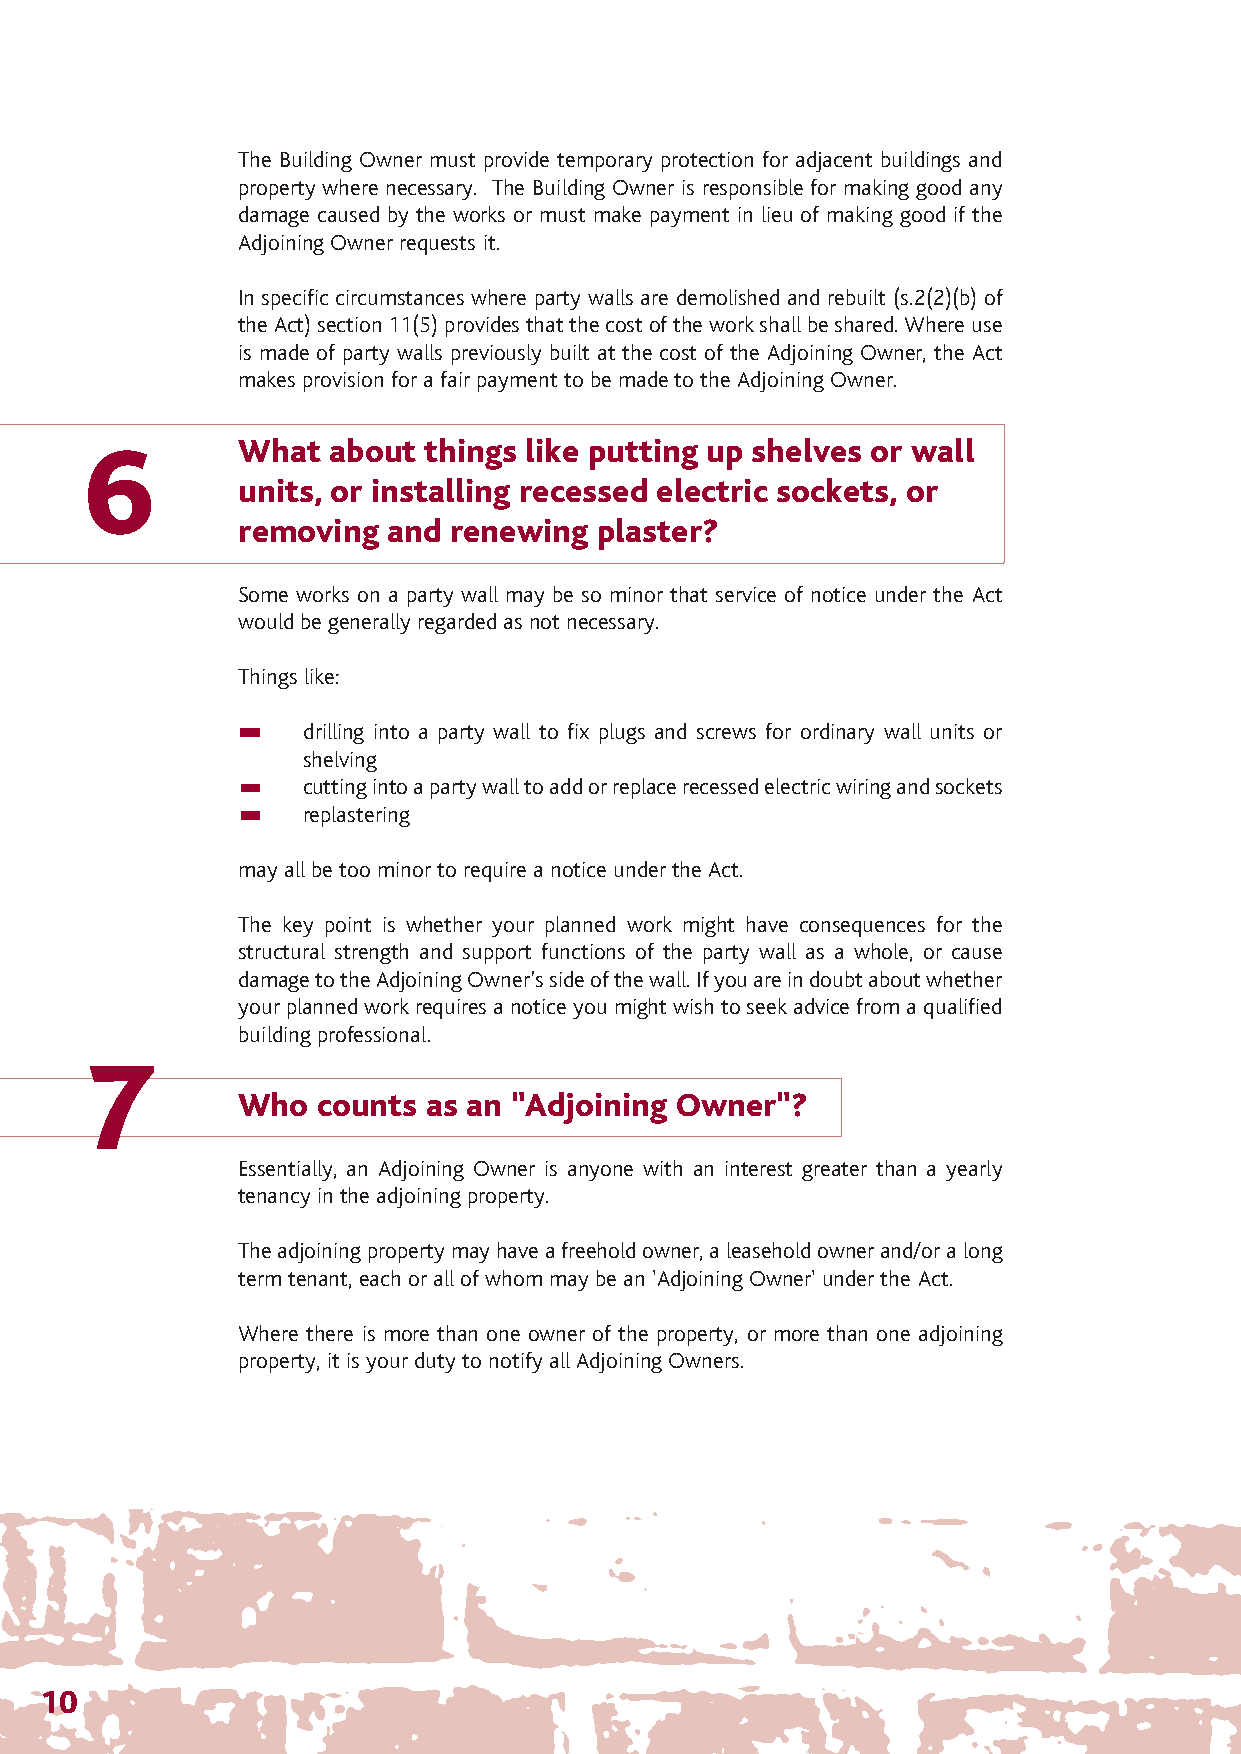
The Party Wall 12/4/07 14:28 Page 13
 The Building Owner must provide temporary protection for adjacent buildings and
 property where necessary. The Building Owner is responsible for making good any
 damage caused by the works or must make payment in lieu of making good if the
 Adjoining Owner requests it.
 In specific circumstances where party walls are demolished and rebuilt (s.2(2)(b) of
 the Act) section 11(5) provides that the cost of the work shall be shared. Where use
 is made of party walls previously built at the cost of the Adjoining Owner, the Act
 makes provision for a fair payment to be made to the Adjoining Owner.
 6          What  about things like putting up shelves or wall
 units, or installing recessed electric sockets, or
 removing and  renewing plaster?
 Some works on a party wall may be so minor that service of notice under the Act
 would be generally regarded as not necessary.
 Things like:
 drilling into a party wall to fix plugs and screws for ordinary wall units or
 shelving
 cutting into a party wall to add or replace recessed electric wiring and sockets
 replastering
 may all be too minor to require a notice under the Act.
 The key point is whether your planned work might have consequences for the
 structural strength and support functions of the party wall as a whole, or cause
 damage to the Adjoining Owner’s side of the wall. If you are in doubt about whether
 your planned work requires a notice you might wish to seek advice from a qualified
 building professional.
 7
 Who  counts as an "Adjoining Owner"?
 Essentially, an Adjoining Owner is anyone with an interest greater than a yearly
 tenancy in the adjoining property.
 The adjoining property may have a freehold owner, a leasehold owner and/or a long
 term tenant, each or all of whom may be an 'Adjoining Owner' under the Act.
 Where there is more than one owner of the property, or more than one adjoining
 property, it is your duty to notify all Adjoining Owners.
 10